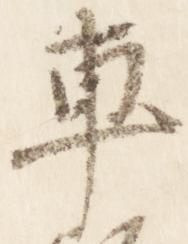
車